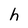
Character: h